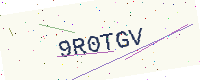
Text: 9R0TGV